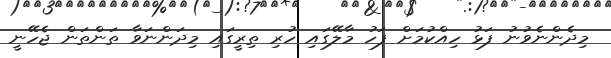
މިދެންނެވުނު ފަޅު ހިއްކުމަށް ފަހު މާލޭގައި ހުރި ތިރީގައި މިދަންނަވާ ތަންތަން ޖެހޭނީ